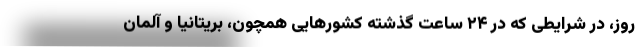
روز، در شرایطی که در ۲۴ ساعت گذشته کشورهایی همچون، بریتانیا و آلمان